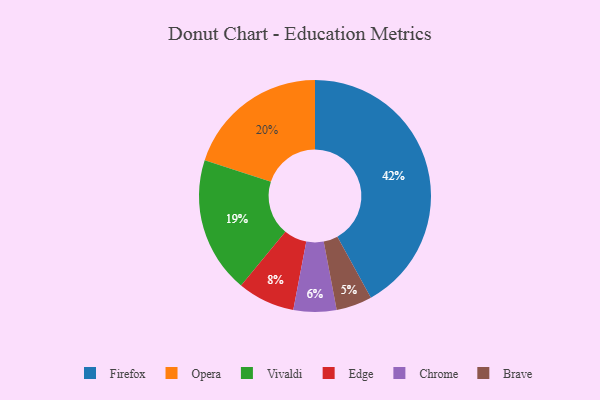
{"axis": {"x": "Category", "y": "Percentage"}, "legend": ["Brave", "Chrome", "Edge", "Firefox", "Opera", "Vivaldi"], "data": [{"x": "Opera", "y": 20, "type": "Opera"}, {"x": "Edge", "y": 8, "type": "Edge"}, {"x": "Firefox", "y": 42, "type": "Firefox"}, {"x": "Brave", "y": 5, "type": "Brave"}, {"x": "Vivaldi", "y": 19, "type": "Vivaldi"}, {"x": "Chrome", "y": 6, "type": "Chrome"}]}